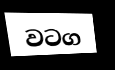
වටග